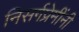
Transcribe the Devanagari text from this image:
निसर्गप्रेमींनी